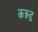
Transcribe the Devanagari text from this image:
कन्न्ड